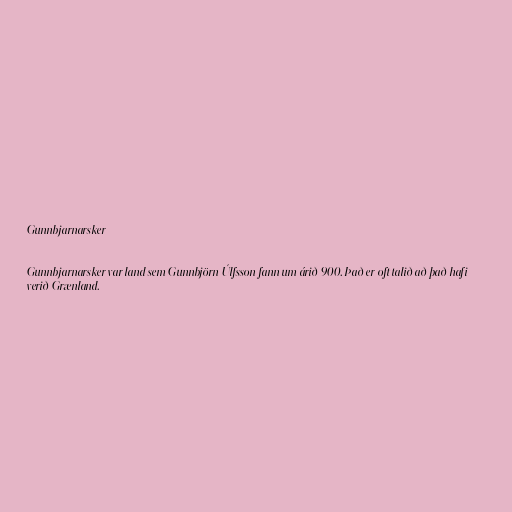
Gunnbjarnarsker

Gunnbjarnarsker var land sem Gunnbjörn Úlfsson fann um árið 900. Það er oft talið að það hafi
verið Grænland.